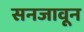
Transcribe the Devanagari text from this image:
सनजावून